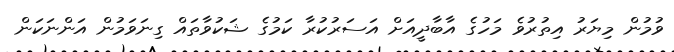
ވުމުން މިޔަރު އިތުރުވެ މަހުގެ އާބާދީއަށް އަސަރުކުރާ ކަމުގެ ޝަކުވާތައް ގިނަވަމުން އަންނަކަން